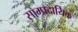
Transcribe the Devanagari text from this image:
साम्‍प्रदायिक